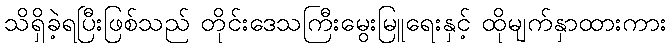
သိရှိခဲ့ရပြီးဖြစ်သည် တိုင်းဒေသကြီးမွေးမြူရေးနှင့် ထိုမျက်နှာထားကား